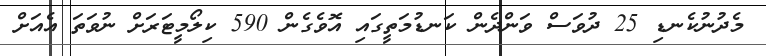
މެދުނުކެނޑި 25 ދުވަސް ވަންދެން ކަނޑުމަތީގައި އޮވެގެން 590 ކިލޯމީޓަރަށް ނުވަތަ އެއަށް